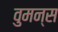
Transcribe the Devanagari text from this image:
वुमन्स